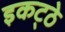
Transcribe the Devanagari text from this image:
इकट्‍ठे